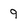
Character: 9